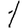
Digit: 1